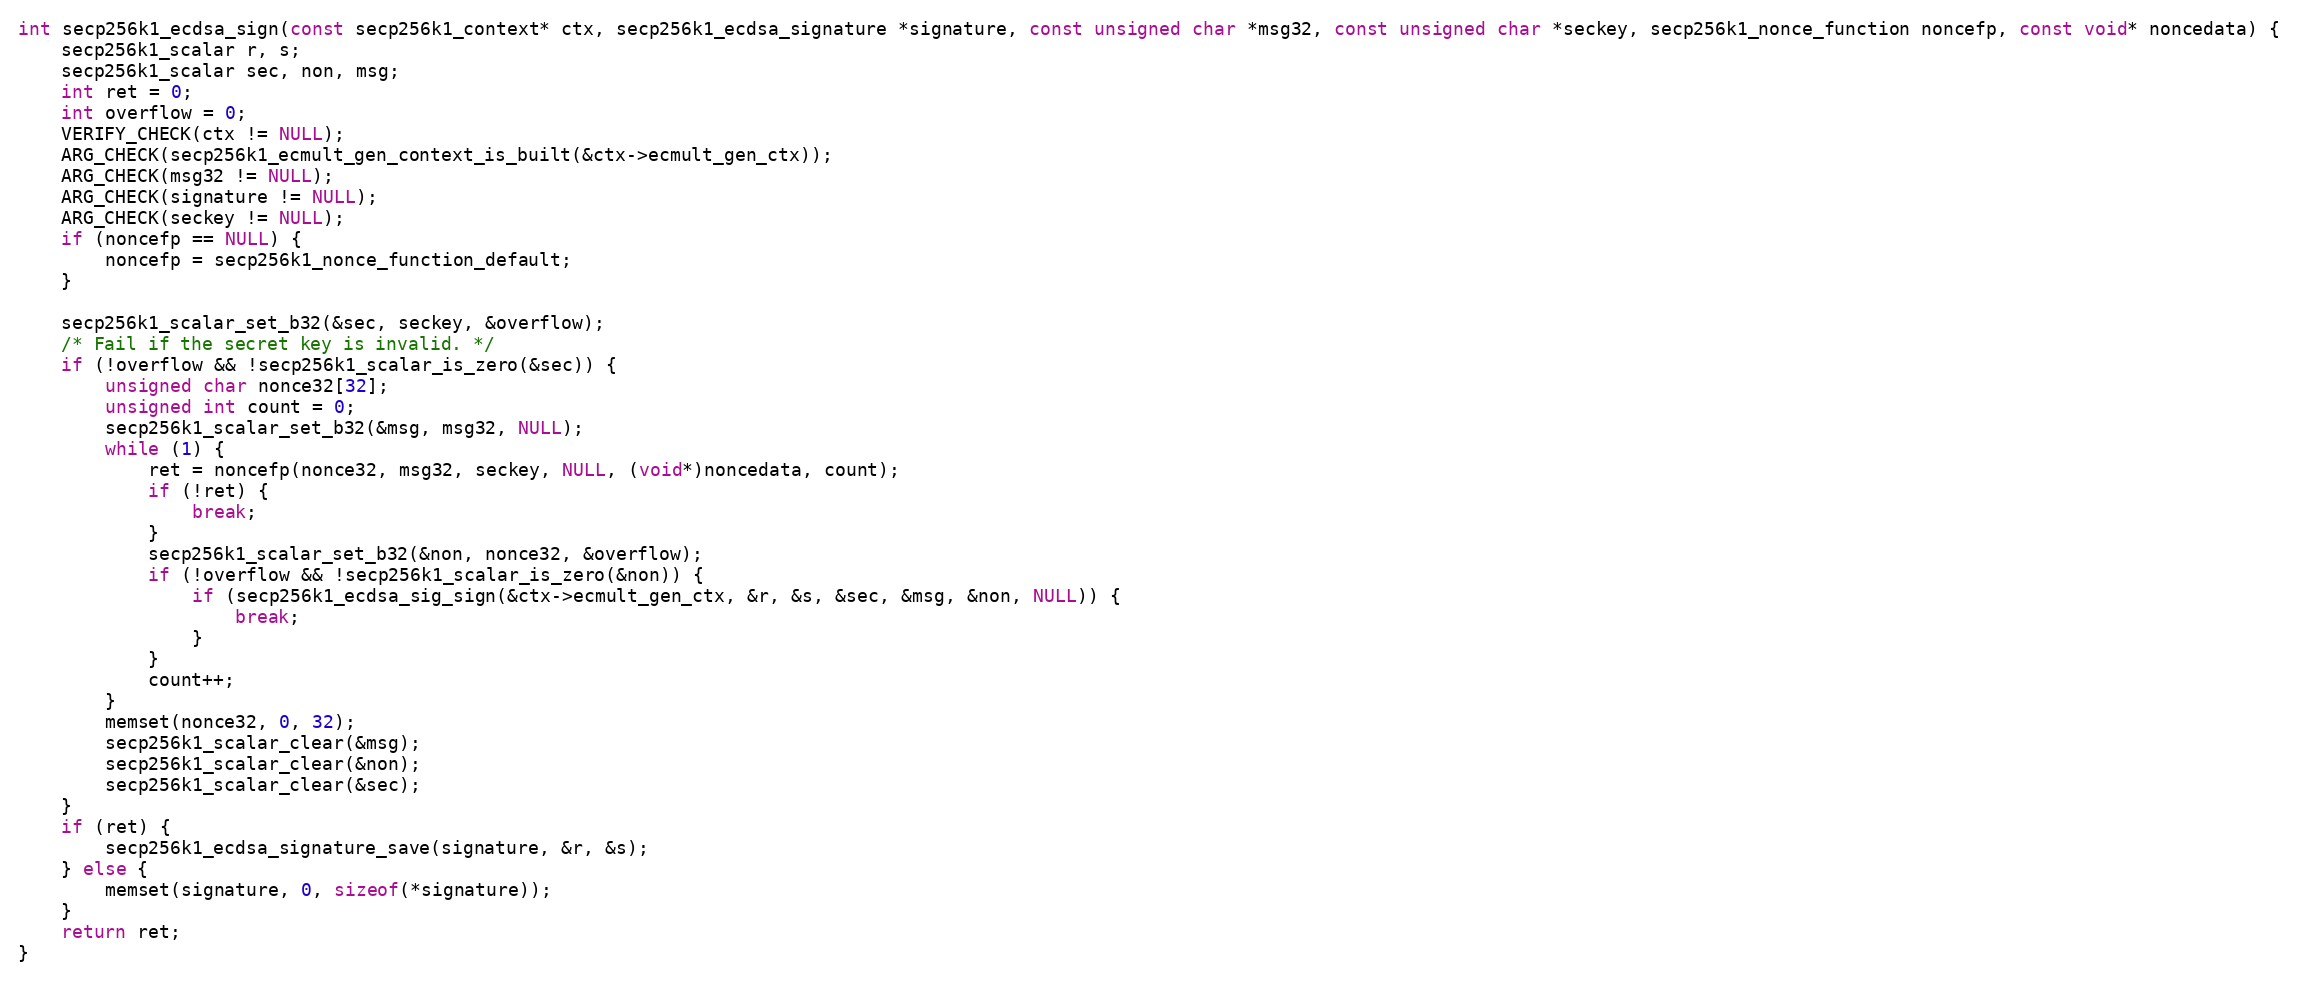
Language: C
int secp256k1_ecdsa_sign(const secp256k1_context* ctx, secp256k1_ecdsa_signature *signature, const unsigned char *msg32, const unsigned char *seckey, secp256k1_nonce_function noncefp, const void* noncedata) {
    secp256k1_scalar r, s;
    secp256k1_scalar sec, non, msg;
    int ret = 0;
    int overflow = 0;
    VERIFY_CHECK(ctx != NULL);
    ARG_CHECK(secp256k1_ecmult_gen_context_is_built(&ctx->ecmult_gen_ctx));
    ARG_CHECK(msg32 != NULL);
    ARG_CHECK(signature != NULL);
    ARG_CHECK(seckey != NULL);
    if (noncefp == NULL) {
        noncefp = secp256k1_nonce_function_default;
    }

    secp256k1_scalar_set_b32(&sec, seckey, &overflow);
    /* Fail if the secret key is invalid. */
    if (!overflow && !secp256k1_scalar_is_zero(&sec)) {
        unsigned char nonce32[32];
        unsigned int count = 0;
        secp256k1_scalar_set_b32(&msg, msg32, NULL);
        while (1) {
            ret = noncefp(nonce32, msg32, seckey, NULL, (void*)noncedata, count);
            if (!ret) {
                break;
            }
            secp256k1_scalar_set_b32(&non, nonce32, &overflow);
            if (!overflow && !secp256k1_scalar_is_zero(&non)) {
                if (secp256k1_ecdsa_sig_sign(&ctx->ecmult_gen_ctx, &r, &s, &sec, &msg, &non, NULL)) {
                    break;
                }
            }
            count++;
        }
        memset(nonce32, 0, 32);
        secp256k1_scalar_clear(&msg);
        secp256k1_scalar_clear(&non);
        secp256k1_scalar_clear(&sec);
    }
    if (ret) {
        secp256k1_ecdsa_signature_save(signature, &r, &s);
    } else {
        memset(signature, 0, sizeof(*signature));
    }
    return ret;
}